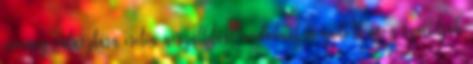
csomag választása esetén a szállítási módoknál megadott áron szállítjuk